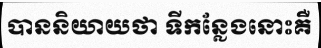
បាននិយាយថា ទីកន្លែងនោះគឺ